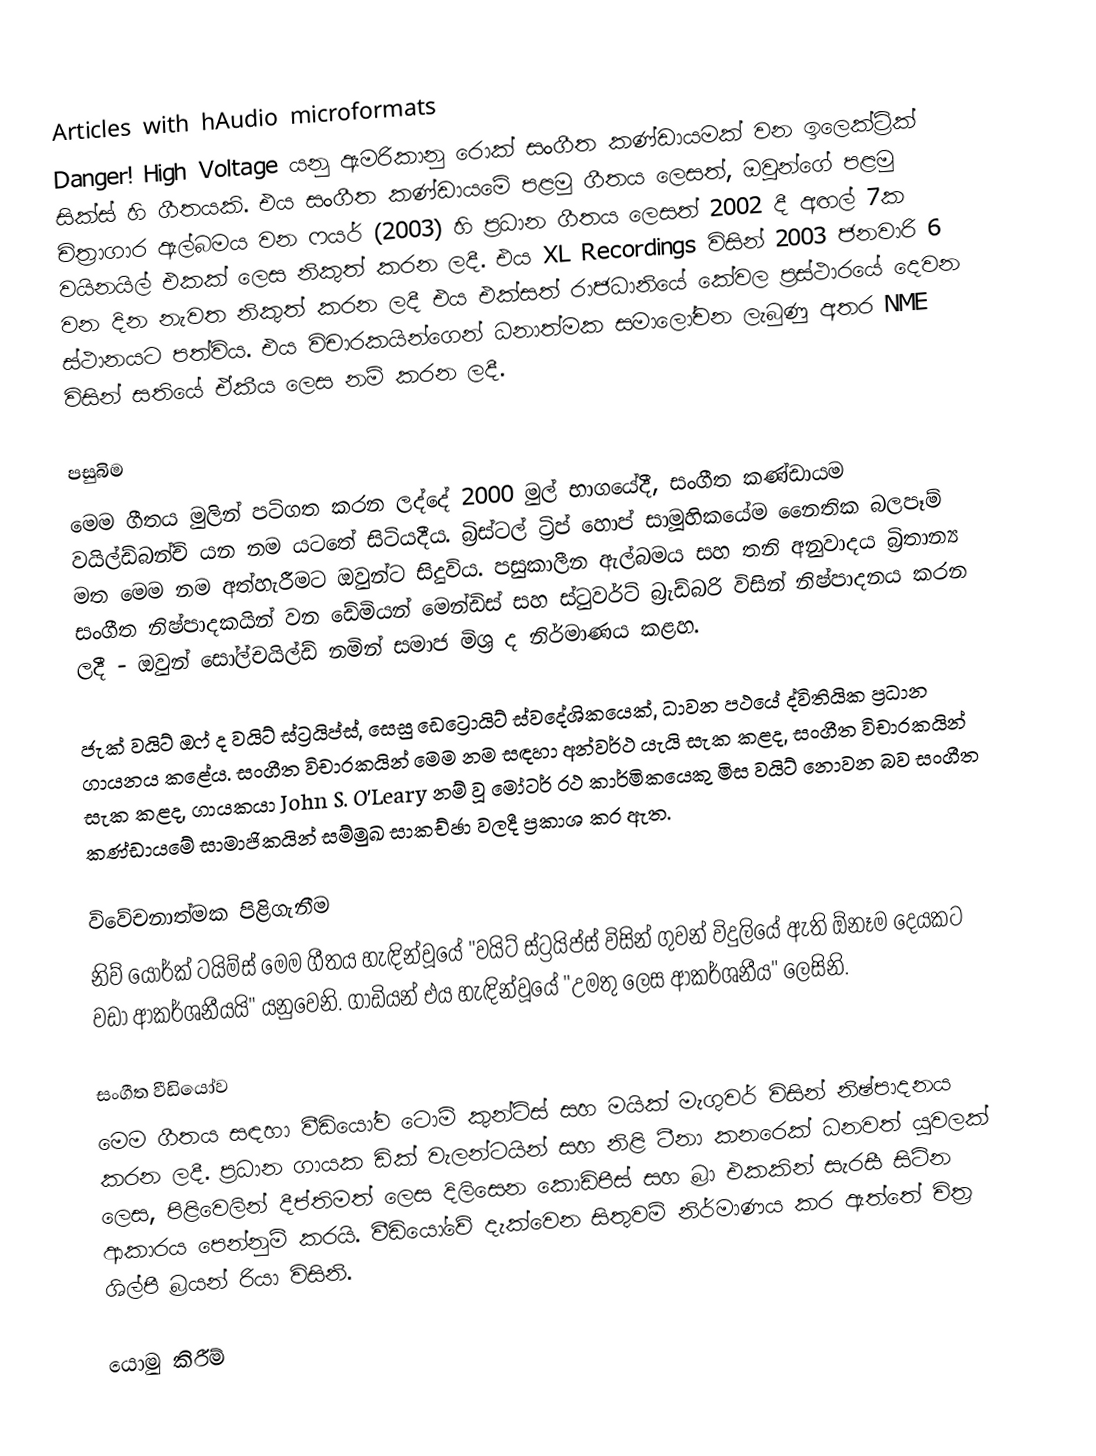
Articles with hAudio microformats
Danger! High Voltage යනු ඇමරිකානු රොක් සංගීත කණ්ඩායමක් වන ඉලෙක්ට්‍රික් සික්ස් හි ගීතයකි. එය සංගීත කණ්ඩායමේ පළමු ගීතය ලෙසත්, ඔවුන්ගේ පළමු චිත්‍රාගාර ඇල්බමය වන ෆයර් (2003) හි ප්‍රධාන ගීතය ලෙසත් 2002 දී අඟල් 7ක වයිනයිල් එකක් ලෙස නිකුත් කරන ලදී. එය XL Recordings විසින් 2003 ජනවාරි 6 වන දින නැවත නිකුත් කරන ලදී  එය එක්සත් රාජධානියේ කේවල ප්‍රස්ථාරයේ දෙවන ස්ථානයට පත්විය. එය විචාරකයින්ගෙන් ධනාත්මක සමාලෝචන ලැබුණු අතර NME විසින් සතියේ ඒකීය ලෙස නම් කරන ලදී.

පසුබිම
මෙම ගීතය මුලින් පටිගත කරන ලද්දේ 2000 මුල් භාගයේදී,  සංගීත කණ්ඩායම වයිල්ඩ්බන්ච් යන නම යටතේ සිටියදීය. බ්‍රිස්ටල් ට්‍රිප් හොප් සාමූහිකයේම නෛතික බලපෑම් මත මෙම නම අත්හැරීමට ඔවුන්ට සිදුවිය.  පසුකාලීන ඇල්බමය සහ තනි අනුවාදය බ්‍රිතාන්‍ය සංගීත නිෂ්පාදකයින් වන ඩේමියන් මෙන්ඩිස් සහ ස්ටුවර්ට් බ්‍රැඩ්බරි විසින් නිෂ්පාදනය කරන ලදී - ඔවුන් සෝල්චයිල්ඩ් නමින් සමාජ මිශ්‍ර ද නිර්මාණය කළහ.

ජැක් වයිට් ඔෆ් ද වයිට් ස්ට්‍රයිප්ස්, සෙසු ඩෙට්‍රොයිට් ස්වදේශිකයෙක්, ධාවන පථයේ ද්විතියික ප්‍රධාන ගායනය කළේය.  සංගීත විචාරකයින් මෙම නම  සඳහා අන්වර්ථ යැයි සැක කළද, සංගීත විචාරකයින් සැක කළද, ගායකයා John S. O'Leary නම් වූ මෝටර් රථ කාර්මිකයෙකු මිස වයිට් නොවන බව සංගීත කණ්ඩායමේ සාමාජිකයින් සම්මුඛ සාකච්ඡා වලදී ප්‍රකාශ කර ඇත.

විවේචනාත්මක පිළිගැනීම
නිව් යෝර්ක් ටයිම්ස් මෙම ගීතය හැඳින්වූයේ "වයිට් ස්ට්‍රයිප්ස් විසින් ගුවන් විදුලියේ ඇති ඕනෑම දෙයකට වඩා ආකර්ශනීයයි" යනුවෙනි.  ගාඩියන් එය හැඳින්වූයේ "උමතු ලෙස ආකර්ශනීය" ලෙසිනි.

සංගීත වීඩියෝව
මෙම ගීතය සඳහා වීඩියෝව ටොම් කුන්ට්ස් සහ මයික් මැගුවර් විසින් නිෂ්පාදනය කරන ලදී. ප්‍රධාන ගායක ඩික් වැලන්ටයින් සහ නිළි ටීනා කනරෙක් ධනවත් යුවලක් ලෙස, පිළිවෙලින් දීප්තිමත් ලෙස දිලිසෙන කොඩ්පීස් සහ බ්‍රා එකකින් සැරසී සිටින ආකාරය පෙන්නුම් කරයි. වීඩියෝවේ දැක්වෙන සිතුවම් නිර්මාණය කර ඇත්තේ චිත්‍ර ශිල්පී බ්‍රයන් රියා විසිනි.

යොමු කිරීම්